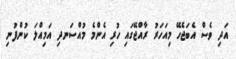
އަދި ވެސް އެބަޖެހޭ މިއަހަރު ރާއްޖޭގައި ހުރި އެންމެ މުއްސަނދި އަމިއްލަ ކުންފުނި